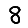
Digit: 8